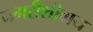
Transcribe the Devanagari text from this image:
नगरीशीवाय